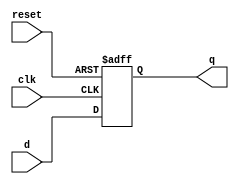
module ParameterizedRegister #(
    parameter WIDTH = 8  // Default width is 8 bits
)(
    input wire clk,      // Clock signal
    input wire reset,    // Active-high asynchronous reset
    input wire [WIDTH-1:0] d, // Input data
    output reg [WIDTH-1:0] q   // Output data
);

// Behavioral modeling of the register
always @(posedge clk or posedge reset) begin
    if (reset) begin
        q <= {WIDTH{1'b0}}; // Initialize to zero (WIDTH bits)
    end else begin
        q <= d; // Store input data in the register
    end
end

endmodule